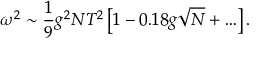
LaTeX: \omega ^ { 2 } \sim \frac { 1 } { 9 } g ^ { 2 } N T ^ { 2 } \left[ 1 - 0 . 1 8 g \sqrt { N } + \ldots \right] .